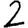
Digit: 2